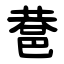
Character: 䢽